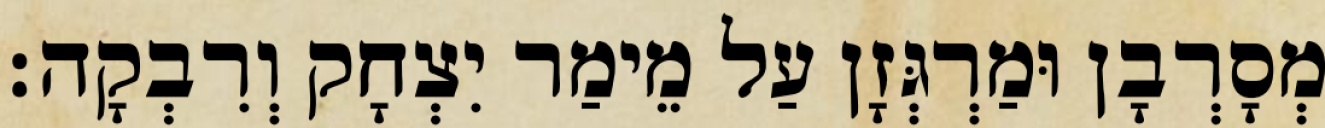
מְסָרְבָן וּמַרְגְּזָן עַל מֵימַר יִצְחָק וְרִבְקָה׃